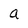
Character: a